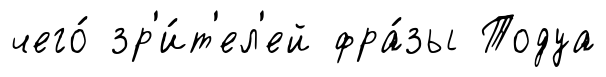
чего́ зр'и́т'ел'ей фра́зы Тодуа